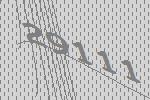
29111